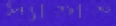
স্যাঙাত